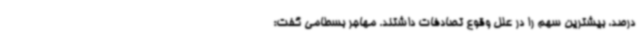
درصد، بیشترین سهم را در علل وقوع تصادفات داشتند. مهاجر بسطامی گفت: